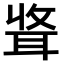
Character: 𫆃